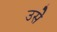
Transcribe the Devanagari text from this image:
उसेेेे